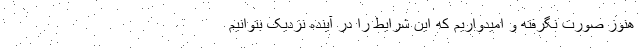
هنوز صورت نگرفته و امیدواریم که این شرایط را در آینده نزدیک بتوانیم